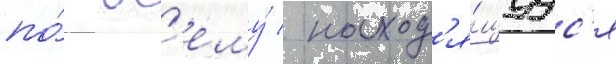
по́ вс'ему́ / наход'я́щуус'я